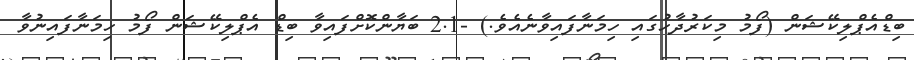
ބިޑްއެޕްލިކޭޝަން (ފޯމު މިކަރުދާހުގައި ހިމަނާފައިވާނެއެވެ.) -2.1 ބަޔާންކޮށްފައިވާ ބިޑް އެޕްލިކޭޝަން ފޯމު ހިމަނާފައިނުވާ